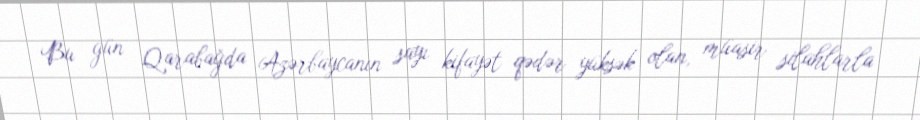
Bu gün Qarabağda Azərbaycanın sayı kifayət qədər yüksək olan, müasir silahlarla